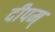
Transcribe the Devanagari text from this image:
दीपम्